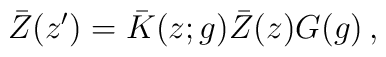
\bar{Z}(z^{\prime})=\bar{K}(z;g)\bar{Z}(z)G(g)\,,